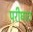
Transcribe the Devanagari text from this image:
परीघात